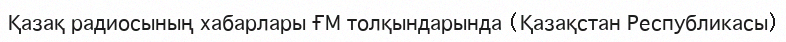
Қазақ радиосының хабарлары ҒМ толқындарында (Қазақстан Республикасы)